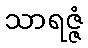
သာရဇ္ဇံ